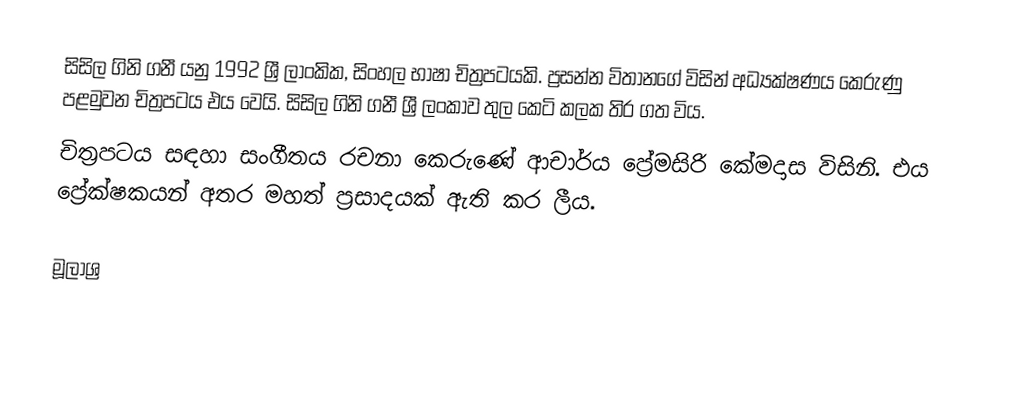
සිසිල ගිනි ගනී යනු  1992 ශ්‍රී ලාංකික, සිංහල භාෂා චිත්‍රපටයකි. ප්‍රසන්න විතානගේ විසින් අධ්‍යක්ෂණය කෙරුණු පළමුවන චිත්‍රපටය එය වෙයි. සිසිල ගිනි ගනී ශ්‍රී ලංකාව තුල කෙටි කලක තිර ගත විය.
චිත්‍රපටය සඳහා සංගීතය රචනා කෙරුණේ ආචාර්ය ප්‍රේමසිරි කේමදාස විසිනි. එය ප්‍රේක්ෂකයන් අතර මහත් ප්‍රසාදයක් ඇති කර ලීය.

මූලාශ්‍ර